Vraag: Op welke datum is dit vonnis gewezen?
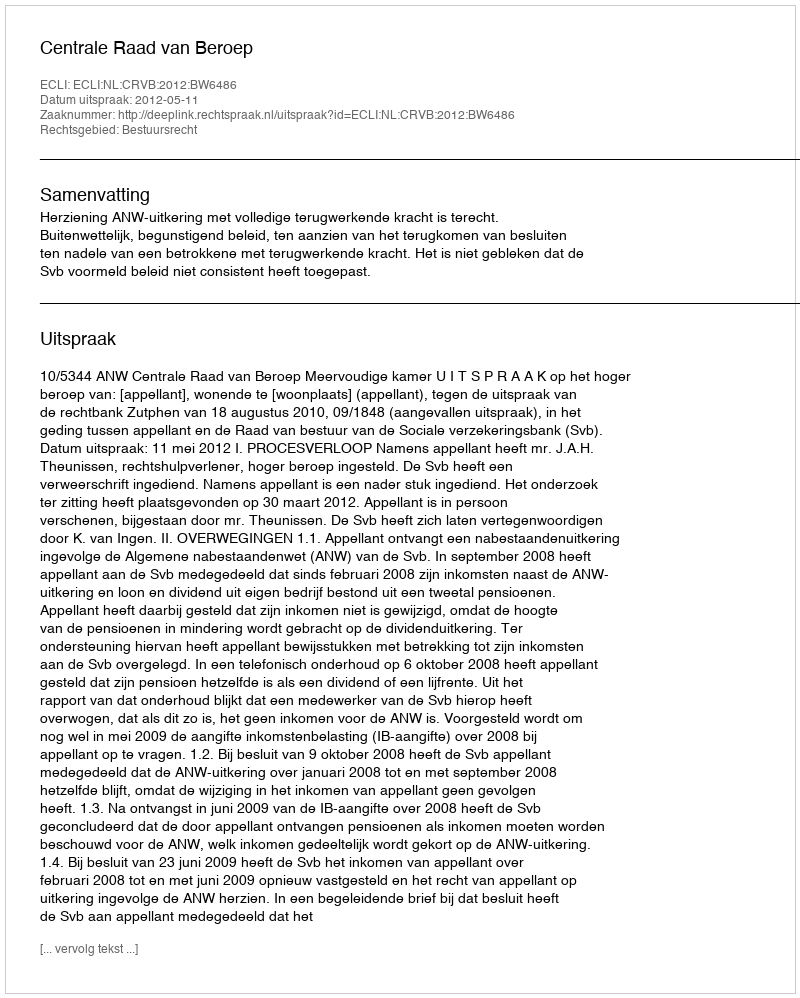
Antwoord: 2012-05-11